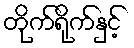
တိုက်ရိုက်နှင့်